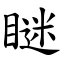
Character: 瞇